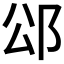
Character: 𮟭